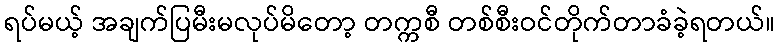
ရပ်မယ့် အချက်ပြမီးမလုပ်မိတော့ တက္ကစီ တစ်စီးဝင်တိုက်တာခံခဲ့ရတယ်။